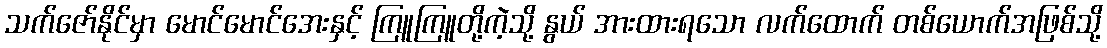
သက်ဇော်နိုင်မှာ မောင်မောင်အေးနှင့် ကြူကြူတို့ကဲ့သို့ နွယ် အားထားရသော လက်ထောက် တစ်ယောက်အဖြစ်သို့